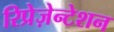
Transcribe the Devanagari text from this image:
रिप्रेज़ेन्टेशन